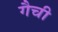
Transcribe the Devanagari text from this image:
गैची